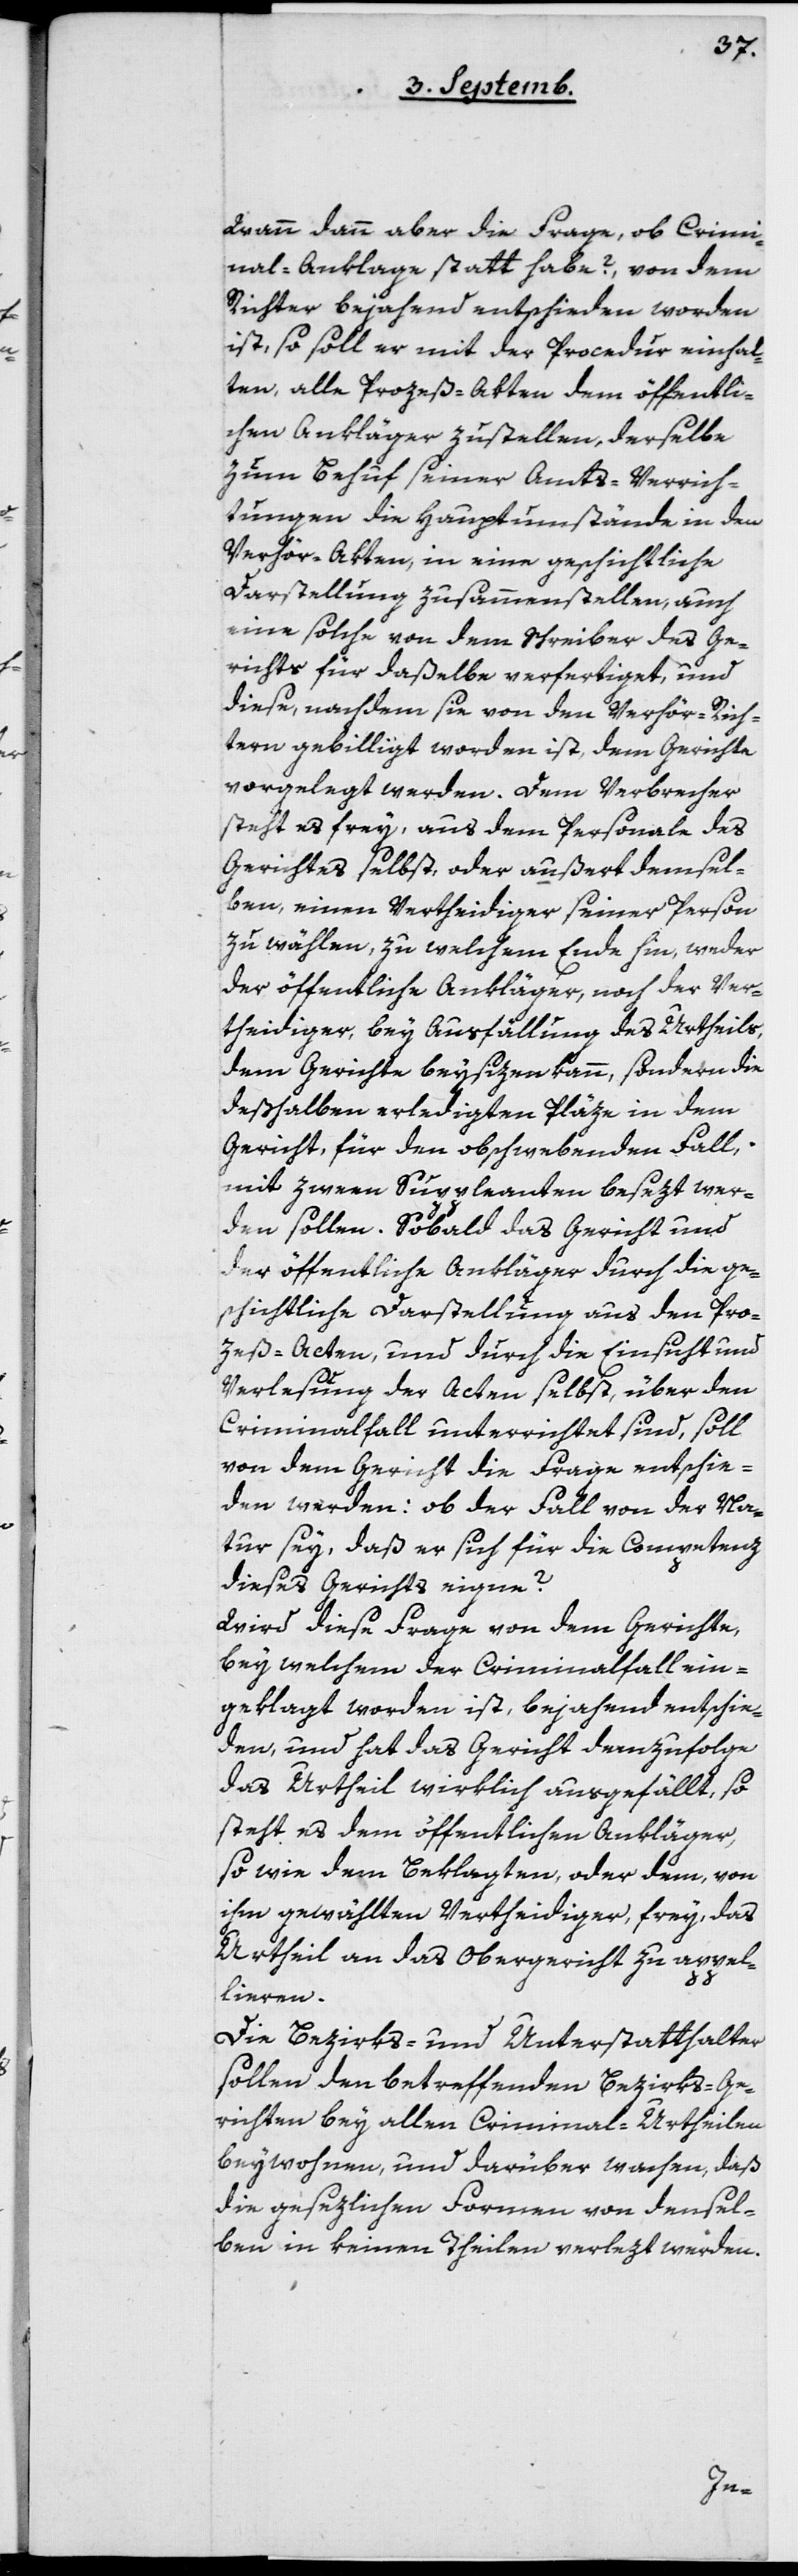
Wann dann aber die Frage, ob Crimi¬
nal-Anklage statt habe?, von dem
Richter bejahend entschieden worden
ist, so soll er mit der Procedur einhal¬
ten, alle Prozeß-Akten dem öffentli¬
chen Ankläger zustellen, derselbe
zum Behuf seiner Amts-Verrich¬
tungen die Hauptumstände in den
Verhör-Akten in eine geschichtliche
Darstellung zusammenstellen, auch
eine solche von dem Schreiber des Ge¬
richts für daßelbe verfertiget, und
diese, nachdem sie von den Verhör-Rich¬
tern gebilligt worden ist, dem Gerichte
vorgelegt werden. Dem Verbrecher
steht es frey, aus dem Personale des
Gerichtes selbst, oder außert demsel¬
ben, einen Verteidiger seiner Person
zu wählen, zu welchem Ende hin weder
der öffentliche Ankläger noch der Ver¬
theidiger bey Ausfällung des Urtheils
dem Gerichte beysizen kann, sondern die
deßhalben erledigten Pläze in dem
Gericht, für den obschwebenden Fall,
mit zween Suppleanten besezt wer¬
den sollen. Sobald das Gericht und
der öffentliche Ankläger durch die ge¬
schichtliche Darstellung aus den Pro¬
zeß-Acten und durch die Einsicht und
Verlesung der Akten selbst, über den
Criminalfall unterrichtet sind, soll
von dem Gericht die Frage entschie¬
den werden: ob der Fall von der Na¬
tur sey, daß er sich für die Competenz
dieses Gerichts eigne?
Wird diese Frage von dem Gerichte,
bey welchem der Criminalfall ein¬
geklagt worden ist, bejahend entschie¬
den, und hat das Gericht demzufolge
das Urtheil wirklich ausgefällt, so
steht es dem öffentlichen Ankläger,
so wie dem Beklagten, oder dem, von
ihm gewählten Vertheidiger, frey, das
Urtheil an das Obergericht zu appel¬
lieren.
Die Bezirks- und Unterstatthalter
sollen den betreffenden Bezirks-Ge¬
richten bey allen Criminal-Urtheilen
beywohnen und darüber wachen, daß
die gesezlichen Formen von densel¬
ben in keinen Theilen verlezt würden.